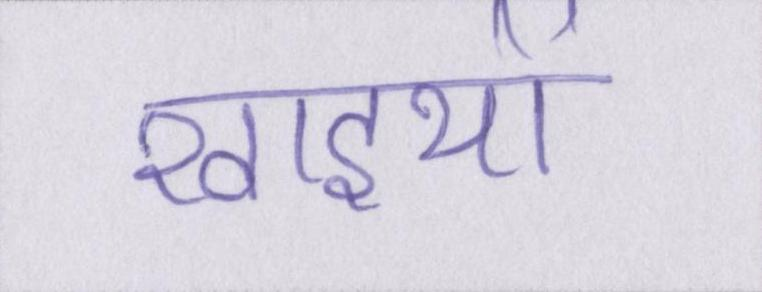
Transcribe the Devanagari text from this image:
खाइयों